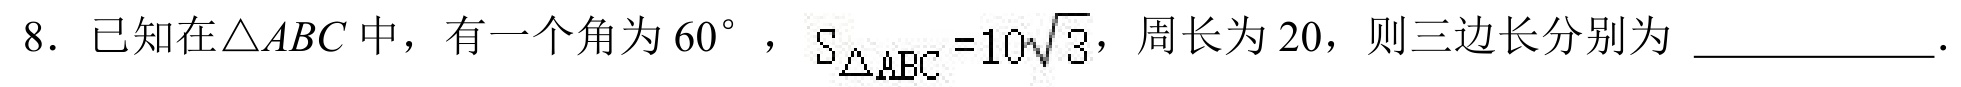
8. 已知在\(\triangle ABC\)中，有一个角为\(60^{\circ}\)，\(S_{\triangle ABC}=10\sqrt{3}\)，周长为\(20\)，则三边长分别为 \_\_\_\_\_\_\_。